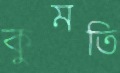
কুমতি